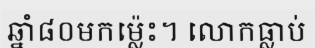
ឆ្នាំ៨០មកម្ល៉េះ។ លោកធ្លាប់